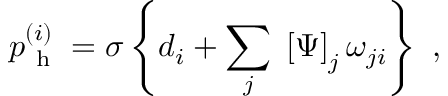
p _ { \mathrm { ~ h ~ } } ^ { ( i ) } = \sigma \left\{ d _ { i } + \sum _ { j } \; \left[ \Psi \right] _ { j } \omega _ { j i } \right\} \mathrm { ~ , ~ }